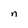
Character: n